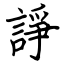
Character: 諍